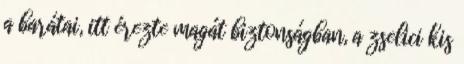
a barátai, itt érezte magát biztonságban, a zselici kis